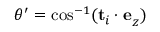
\theta ^ { \prime } = \cos ^ { - 1 } ( \mathbf { t } _ { i } \cdot \mathbf { e } _ { _ Z } )